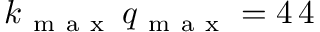
k _ { \mathrm { ~ m ~ a ~ x ~ } } \, q _ { \mathrm { ~ m ~ a ~ x ~ } } = 4 \, 4